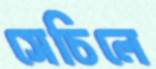
সেচিলে